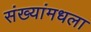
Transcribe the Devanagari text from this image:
संख्यांमधला